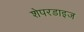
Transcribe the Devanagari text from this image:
शेपरडाइज